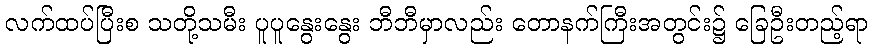
လက်ထပ်ပြီးစ သတို့သမီး ပူပူနွေးနွေး ဘီဘီမှာလည်း တောနက်ကြီးအတွင်း၌ ခြေဦးတည့်ရာ